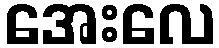
အေးလေ